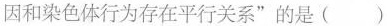
因和染色体行为存在平行关系”的是（）